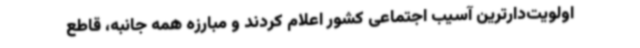
اولویت‌دارترین آسیب اجتماعی کشور اعلام کردند و مبارزه همه جانبه، قاطع